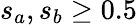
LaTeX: s_{a},s_{b}\geq 0.5